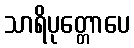
သာရိပုတ္တောပေ